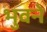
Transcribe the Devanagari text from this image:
भुवने